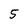
Character: 5